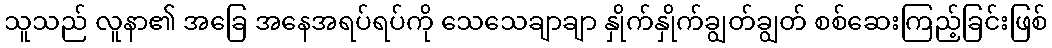
သူသည် လူနာ၏ အခြေ အနေအရပ်ရပ်ကို သေသေချာချာ နှိုက်နှိုက်ချွတ်ချွတ် စစ်ဆေးကြည့်ခြင်းဖြစ်